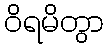
ဝိရမိတွာ